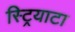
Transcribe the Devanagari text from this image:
स्ट्रियाटा